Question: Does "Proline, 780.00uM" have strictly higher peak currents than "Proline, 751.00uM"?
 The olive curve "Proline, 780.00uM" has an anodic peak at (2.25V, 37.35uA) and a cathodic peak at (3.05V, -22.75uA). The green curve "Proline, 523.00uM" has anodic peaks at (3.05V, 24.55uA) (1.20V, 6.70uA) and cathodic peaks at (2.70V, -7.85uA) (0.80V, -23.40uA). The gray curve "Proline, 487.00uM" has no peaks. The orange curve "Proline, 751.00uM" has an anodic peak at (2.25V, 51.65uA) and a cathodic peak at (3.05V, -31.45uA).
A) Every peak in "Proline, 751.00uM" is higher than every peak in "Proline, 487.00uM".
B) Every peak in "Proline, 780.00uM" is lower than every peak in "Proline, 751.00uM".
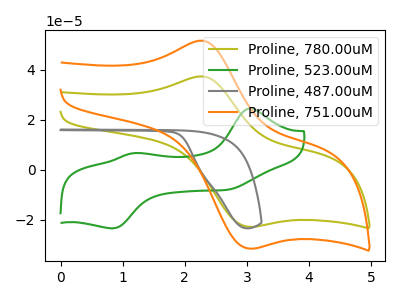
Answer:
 <answer>B) Every peak in "Proline, 780.00uM" is lower than every peak in "Proline, 751.00uM".</answer>
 <eval>B</eval>